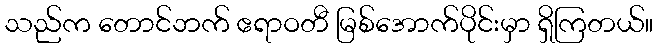
သည်က တောင်ဘက် ဧရာဝတီ မြစ်အောက်ပိုင်းမှာ ရှိကြတယ်။